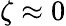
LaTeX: \zeta\approx 0